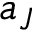
a _ { J }